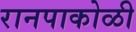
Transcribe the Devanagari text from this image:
रानपाकोळी